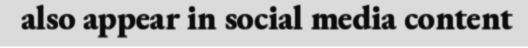
also appear in social media content